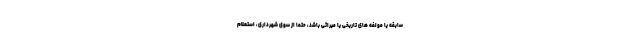
سابقه یا مولفه های تاریخی یا میراثی باشد، حتما از سوی شهرداری، استعلام